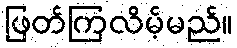
ဖြတ်ကြလိမ့်မည်။